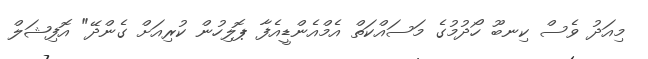
މިއަދު ވެސް ކިނބޫ ހޯދުމުގެ މަސައްކަތް އެމްއެންޑީއެފާ ޕޮލިހުން ކުރިއަށް ގެންދޭ" އޮފިޝަލް